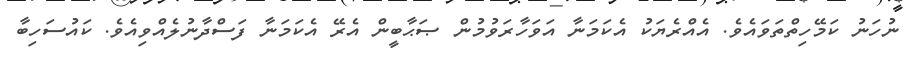
ނުހަނު ކަމޭހިތްތަވައެވެ. އެއްރެޔަކު އެކަމަނާ އަވަހާރަވުމުން ޞަޙާބީން އެރޭ އެކަމަނާ ފަސްދާނުލެއްވިއެވެ. ކައުސަހިބާ